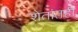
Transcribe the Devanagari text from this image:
शेतांतही